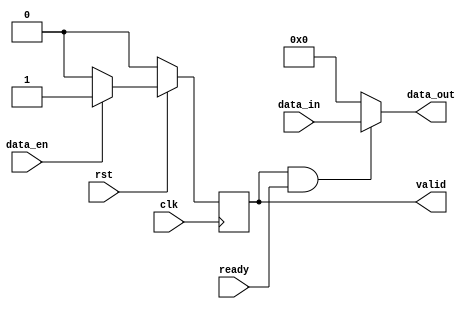
`timescale 1ns / 1ps
module master(
        input clk,
        input rst,
        input [7:0] data_in,  //range 2^7 (dec)
        input ready, //slave
        input data_en,
        
        //output last,
        output reg valid,
        output [7:0] data_out
    );
    /*
    reg [7:0] data_buffer;
    always@(posedge clk) begin
        if(!rst) begin
            data_buffer<=0;
        end
        else begin
            data_buffer<=data_in;
        end
    end
    */
    
    //valid 
    always@(posedge clk) begin
        if(!rst) begin
            valid<=0;
        end
        else if(data_en) begin
            valid<=1;
        end
        else begin
            valid<=0;     //data_en==0;
        end
     end
     // data_out
assign data_out=valid&ready?data_in:'d0;        
    
    
endmodule